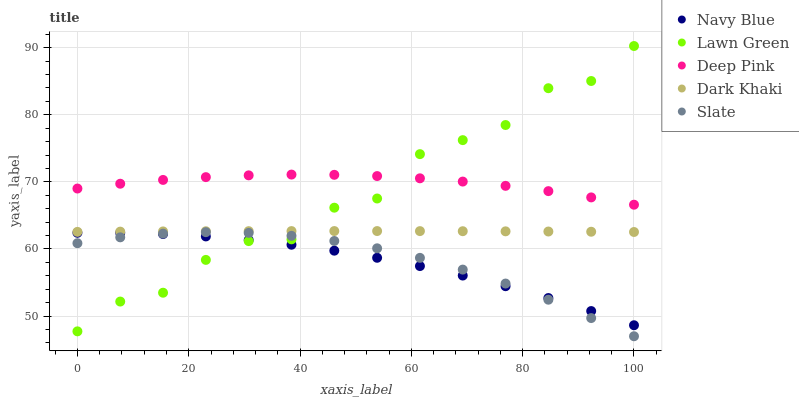
| xaxis_label | Navy Blue | Lawn Green | Deep Pink | Dark Khaki | Slate |
 | --- | --- | --- | --- | --- | --- |
 | 0 | 62.4 | 47.7 | 69 | 62.6 | 60.9 |
 | 7.69 | 62.4 | 52.2 | 69.7 | 62.6 | 61.7 |
 | 15.4 | 62.2 | 53.5 | 70.3 | 62.6 | 62.3 |
 | 23.1 | 61.9 | 58.4 | 70.7 | 62.6 | 62.5 |
 | 30.8 | 61.3 | 61.2 | 71 | 62.7 | 62.4 |
 | 38.5 | 60.6 | 61.4 | 71.1 | 62.7 | 62 |
 | 46.2 | 59.8 | 66.2 | 71.1 | 62.7 | 61.2 |
 | 53.8 | 58.7 | 67.5 | 70.9 | 62.7 | 60.1 |
 | 61.5 | 57.5 | 74.1 | 70.5 | 62.7 | 58.7 |
 | 69.2 | 56 | 76.2 | 70 | 62.7 | 56.9 |
 | 76.9 | 54.5 | 78.5 | 69.4 | 62.6 | 54.9 |
 | 84.6 | 52.7 | 84 | 68.6 | 62.6 | 52.4 |
 | 92.3 | 50.8 | 85 | 67.7 | 62.6 | 49.7 |
 | 100 | 48.6 | 90.2 | 66.6 | 62.5 | 47 |